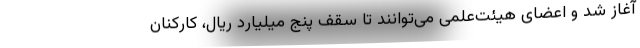
آغاز شد و اعضای هیئت‌علمی می‌توانند تا سقف پنج میلیارد ریال، کارکنان